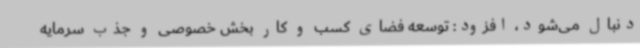
دنبال می‌شود، افزود: توسعه فضای کسب و کار بخش خصوصی و جذب سرمایه